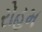
રોહમ